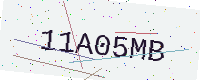
Text: 11A05MB